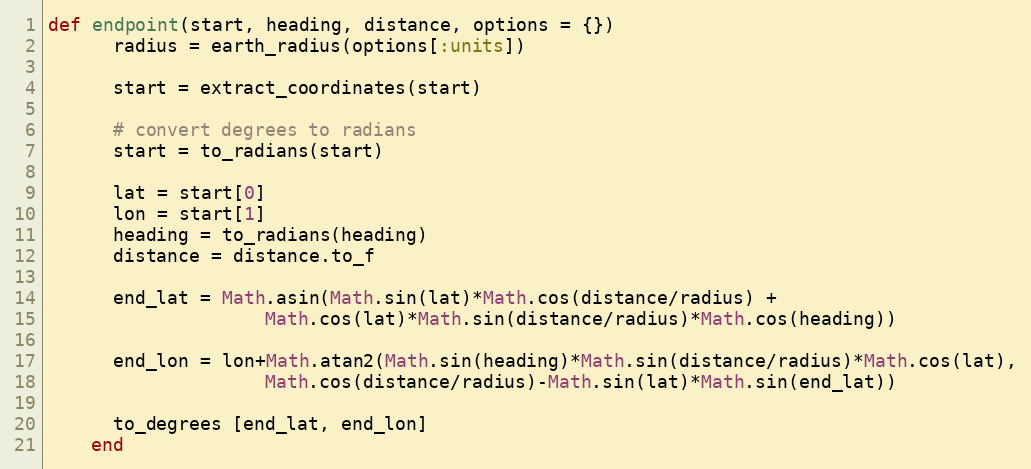
Language: Ruby
def endpoint(start, heading, distance, options = {})
      radius = earth_radius(options[:units])

      start = extract_coordinates(start)

      # convert degrees to radians
      start = to_radians(start)

      lat = start[0]
      lon = start[1]
      heading = to_radians(heading)
      distance = distance.to_f

      end_lat = Math.asin(Math.sin(lat)*Math.cos(distance/radius) +
                    Math.cos(lat)*Math.sin(distance/radius)*Math.cos(heading))

      end_lon = lon+Math.atan2(Math.sin(heading)*Math.sin(distance/radius)*Math.cos(lat),
                    Math.cos(distance/radius)-Math.sin(lat)*Math.sin(end_lat))

      to_degrees [end_lat, end_lon]
    end